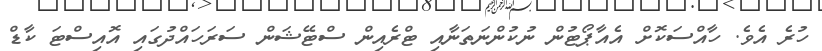
ހުރެ އެވެ. ހާއްސަކޮށް އެއާޕޯޓުން ނުކުންނަތަނާއި ޓްރެއިން ސްޓޭޝަން ސަރަހައްދުގައި އޮއިސްޓަ ކާޑް